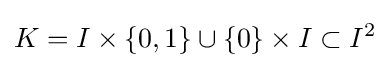
K=I\times \{0,1\}\cup \{0\}\times I\subset I^{2}